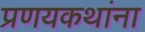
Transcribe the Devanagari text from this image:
प्रणयकथांना